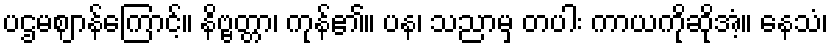
ပဌမဈာန်ကြောင့်။ နိဗ္ဗတ္တာ၊ ကုန်၏။ ပန၊ သညာမှ တပါး ကာယကိုဆိုအံ့။ နေသံ၊